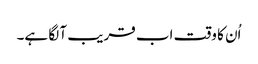
اُن کا وقت اب قریب آ لگا ہے۔